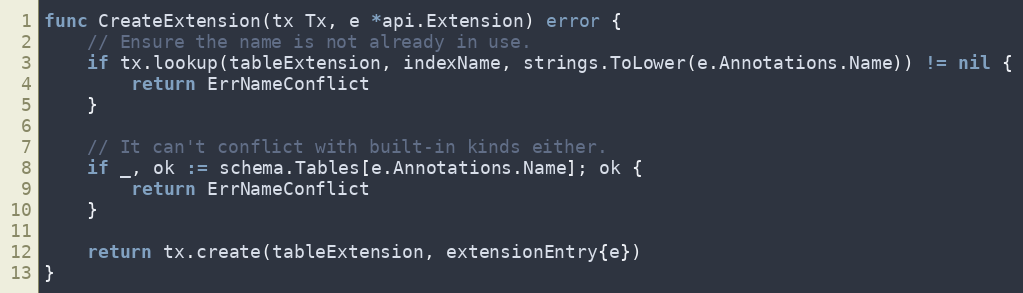
Language: Go
func CreateExtension(tx Tx, e *api.Extension) error {
	// Ensure the name is not already in use.
	if tx.lookup(tableExtension, indexName, strings.ToLower(e.Annotations.Name)) != nil {
		return ErrNameConflict
	}

	// It can't conflict with built-in kinds either.
	if _, ok := schema.Tables[e.Annotations.Name]; ok {
		return ErrNameConflict
	}

	return tx.create(tableExtension, extensionEntry{e})
}